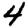
Digit: 4